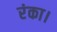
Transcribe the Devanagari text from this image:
रंका।